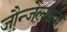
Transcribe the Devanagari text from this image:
जौन्जेल्गावा